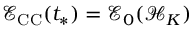
\mathcal { E } _ { \mathrm { C C } } ( t _ { * } ) = \mathcal { E } _ { 0 } ( \mathcal { H } _ { K } )